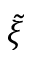
\tilde { \xi }